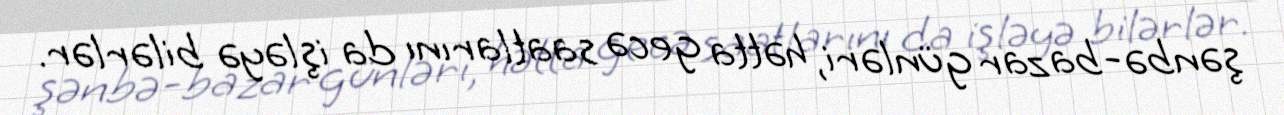
şənbə-bazar günləri, hətta gecə saatlarını da işləyə bilərlər.